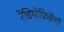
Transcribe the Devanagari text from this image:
रेडियोफ्रिक्वेंसी